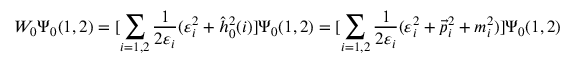
W _ { 0 } \Psi _ { 0 } ( 1 , 2 ) = [ \sum _ { i = 1 , 2 } \frac { 1 } { 2 \varepsilon _ { i } } ( \varepsilon _ { i } ^ { 2 } + \hat { h } _ { 0 } ^ { 2 } ( i ) ] \Psi _ { 0 } ( 1 , 2 ) = [ \sum _ { i = 1 , 2 } \frac { 1 } { 2 \varepsilon _ { i } } ( \varepsilon _ { i } ^ { 2 } + { \vec { p } _ { i } } ^ { 2 } + m _ { i } ^ { 2 } ) ] \Psi _ { 0 } ( 1 , 2 )